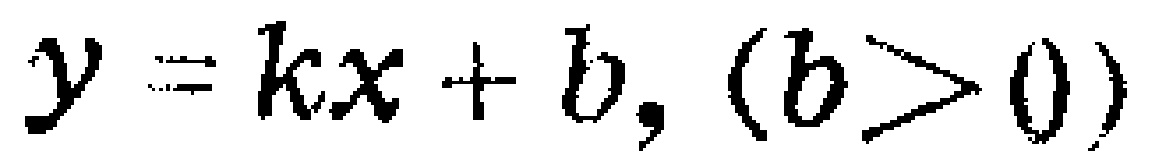
\(y = kx + b, (b>0)\)